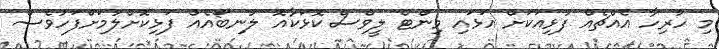
މި ހުރިހާ އެއްޗެއް ފުޅިއަކަށް އަޅައި މިންޓް ލީވްސް ކޮޅަކާއޮ ލުނބޯއެއް ފަޅިކޮށްލުމަށްފަހުވެސް